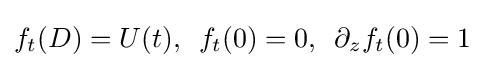
f_{t}(D)=U(t),\,\,\,f_{t}(0)=0,\,\,\,\partial _{z}f_{t}(0)=1